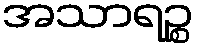
အသာရဉ္စ